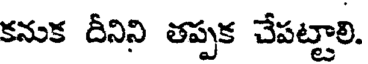
కనుక దీనిని తప్పక చేపట్టాలి.